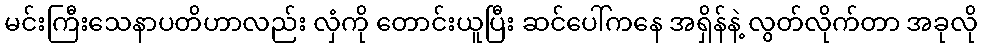
မင်းကြီးသေနာပတိဟာလည်း လှံကို တောင်းယူပြီး ဆင်ပေါ်ကနေ အရှိန်နဲ့ လွတ်လိုက်တာ အခုလို